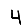
Digit: 4